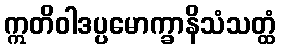
ဣတိဝါဒပ္ပမောက္ခာနိသံသတ္ထံ